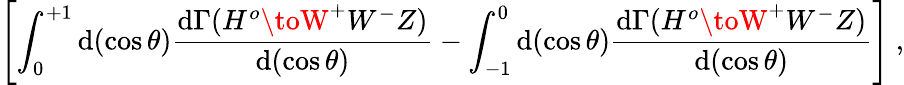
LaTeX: \left[\int_{0}^{+1}\mathrm{d}(\cos\theta)\frac{{\mathrm{d}\Gamma(H^{o}\toW^{+}W^{-}Z)}}{{\mathrm{d}(\cos\theta)}}-\int_{-1}^{0}\mathrm{d}(\cos\theta)\frac{{\mathrm{d}\Gamma(H^{o}\toW^{+}W^{-}Z)}}{{\mathrm{d}(\cos\theta)}}\right]\ ,